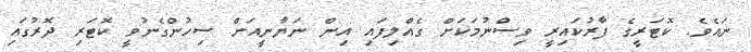
ނައެވެ. ކޮޓަރީގެ ފާރުކައިރީ ވިސްނުމަކަށް ގެއްލިފައި އިން ނަޔާނީއަށް ސިހުންގެނުވީ ކޮޓަރި ދޮރުގައި